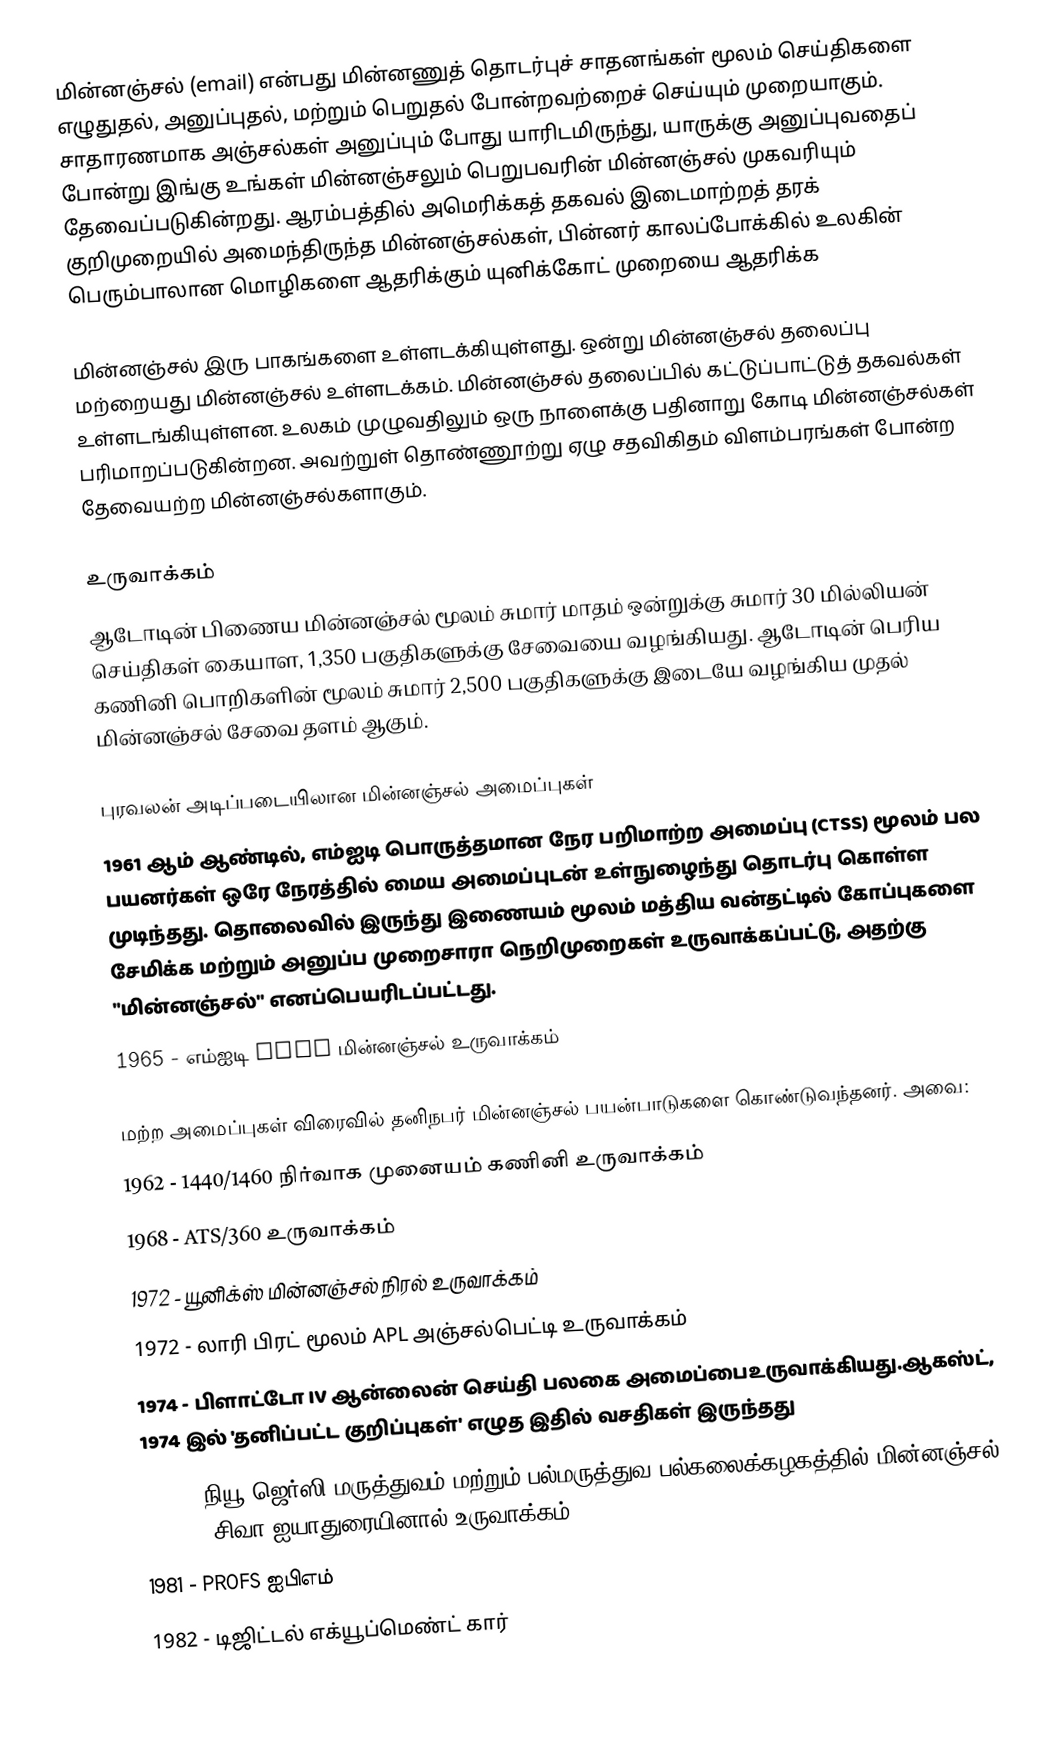
மின்னஞ்சல் (email) என்பது மின்னணுத் தொடர்புச் சாதனங்கள் மூலம் செய்திகளை எழுதுதல், அனுப்புதல், மற்றும் பெறுதல் போன்றவற்றைச் செய்யும் முறையாகும். சாதாரணமாக அஞ்சல்கள் அனுப்பும் போது யாரிடமிருந்து, யாருக்கு அனுப்புவதைப் போன்று இங்கு உங்கள் மின்னஞ்சலும் பெறுபவரின் மின்னஞ்சல் முகவரியும் தேவைப்படுகின்றது. ஆரம்பத்தில் அமெரிக்கத் தகவல் இடைமாற்றத் தரக் குறிமுறையில் அமைந்திருந்த மின்னஞ்சல்கள், பின்னர் காலப்போக்கில் உலகின் பெரும்பாலான மொழிகளை ஆதரிக்கும் யுனிக்கோட் முறையை ஆதரிக்க

மின்னஞ்சல் இரு பாகங்களை உள்ளடக்கியுள்ளது. ஒன்று மின்னஞ்சல் தலைப்பு மற்றையது மின்னஞ்சல் உள்ளடக்கம். மின்னஞ்சல் தலைப்பில் கட்டுப்பாட்டுத் தகவல்கள் உள்ளடங்கியுள்ளன. உலகம் முழுவதிலும் ஒரு நாளைக்கு பதினாறு கோடி மின்னஞ்சல்கள் பரிமாறப்படுகின்றன. அவற்றுள் தொண்ணூற்று ஏழு சதவிகிதம் விளம்பரங்கள் போன்ற தேவையற்ற மின்னஞ்சல்களாகும்.

உருவாக்கம்
ஆடோடின் பிணைய மின்னஞ்சல் மூலம் சுமார்  மாதம் ஒன்றுக்கு சுமார் 30 மில்லியன் செய்திகள் கையாள, 1,350 பகுதிகளுக்கு சேவையை வழங்கியது. ஆடோடின் பெரிய கணினி பொறிகளின் மூலம் சுமார் 2,500 பகுதிகளுக்கு இடையே வழங்கிய முதல் மின்னஞ்சல் சேவை தளம் ஆகும்.

புரவலன் அடிப்படையிலான மின்னஞ்சல் அமைப்புகள்
1961 ஆம் ஆண்டில், எம்ஐடி பொருத்தமான நேர பறிமாற்ற அமைப்பு (CTSS) மூலம் பல பயனர்கள் ஒரே நேரத்தில் மைய அமைப்புடன் உள்நுழைந்து தொடர்பு கொள்ள முடிந்தது. தொலைவில் இருந்து இணையம் மூலம் மத்திய வன்தட்டில் கோப்புகளை சேமிக்க மற்றும் அனுப்ப முறைசாரா நெறிமுறைகள் உருவாக்கப்பட்டு, அதற்கு  "மின்னஞ்சல்" எனப்பெயரிடப்பட்டது.
1965 - எம்ஐடி CTSS மின்னஞ்சல் உருவாக்கம்

மற்ற அமைப்புகள் விரைவில் தனிநபர் மின்னஞ்சல் பயன்பாடுகளை கொண்டுவந்தனர். அவை:
 1962 - 1440/1460 நிர்வாக முனையம் கணினி உருவாக்கம்
 1968 - ATS/360 உருவாக்கம்
 1972 - யூனிக்ஸ் மின்னஞ்சல் நிரல் உருவாக்கம்
 1972 - லாரி பிரட் மூலம் APL அஞ்சல்பெட்டி உருவாக்கம்
 1974 - பிளாட்டோ IV ஆன்லைன் செய்தி பலகை அமைப்பைஉருவாக்கியது.ஆகஸ்ட், 1974 இல் 'தனிப்பட்ட குறிப்புகள்' எழுத இதில் வசதிகள் இருந்தது
 1978 - நியூ ஜெர்ஸி மருத்துவம் மற்றும் பல்மருத்துவ பல்கலைக்கழகத்தில் மின்னஞ்சல் (EMAIL) சிவா ஐயாதுரையினால் உருவாக்கம்.
 1981 - PROFS ஐபிஎம்
 1982 - டிஜிட்டல் எக்யூப்மெண்ட் கார்